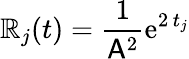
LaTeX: \mathbb{R}_{j}(t)=\frac{{1}}{{\mathsf{{A}}^{2}}}\mathrm{{e}}^{2\, t_{j}}